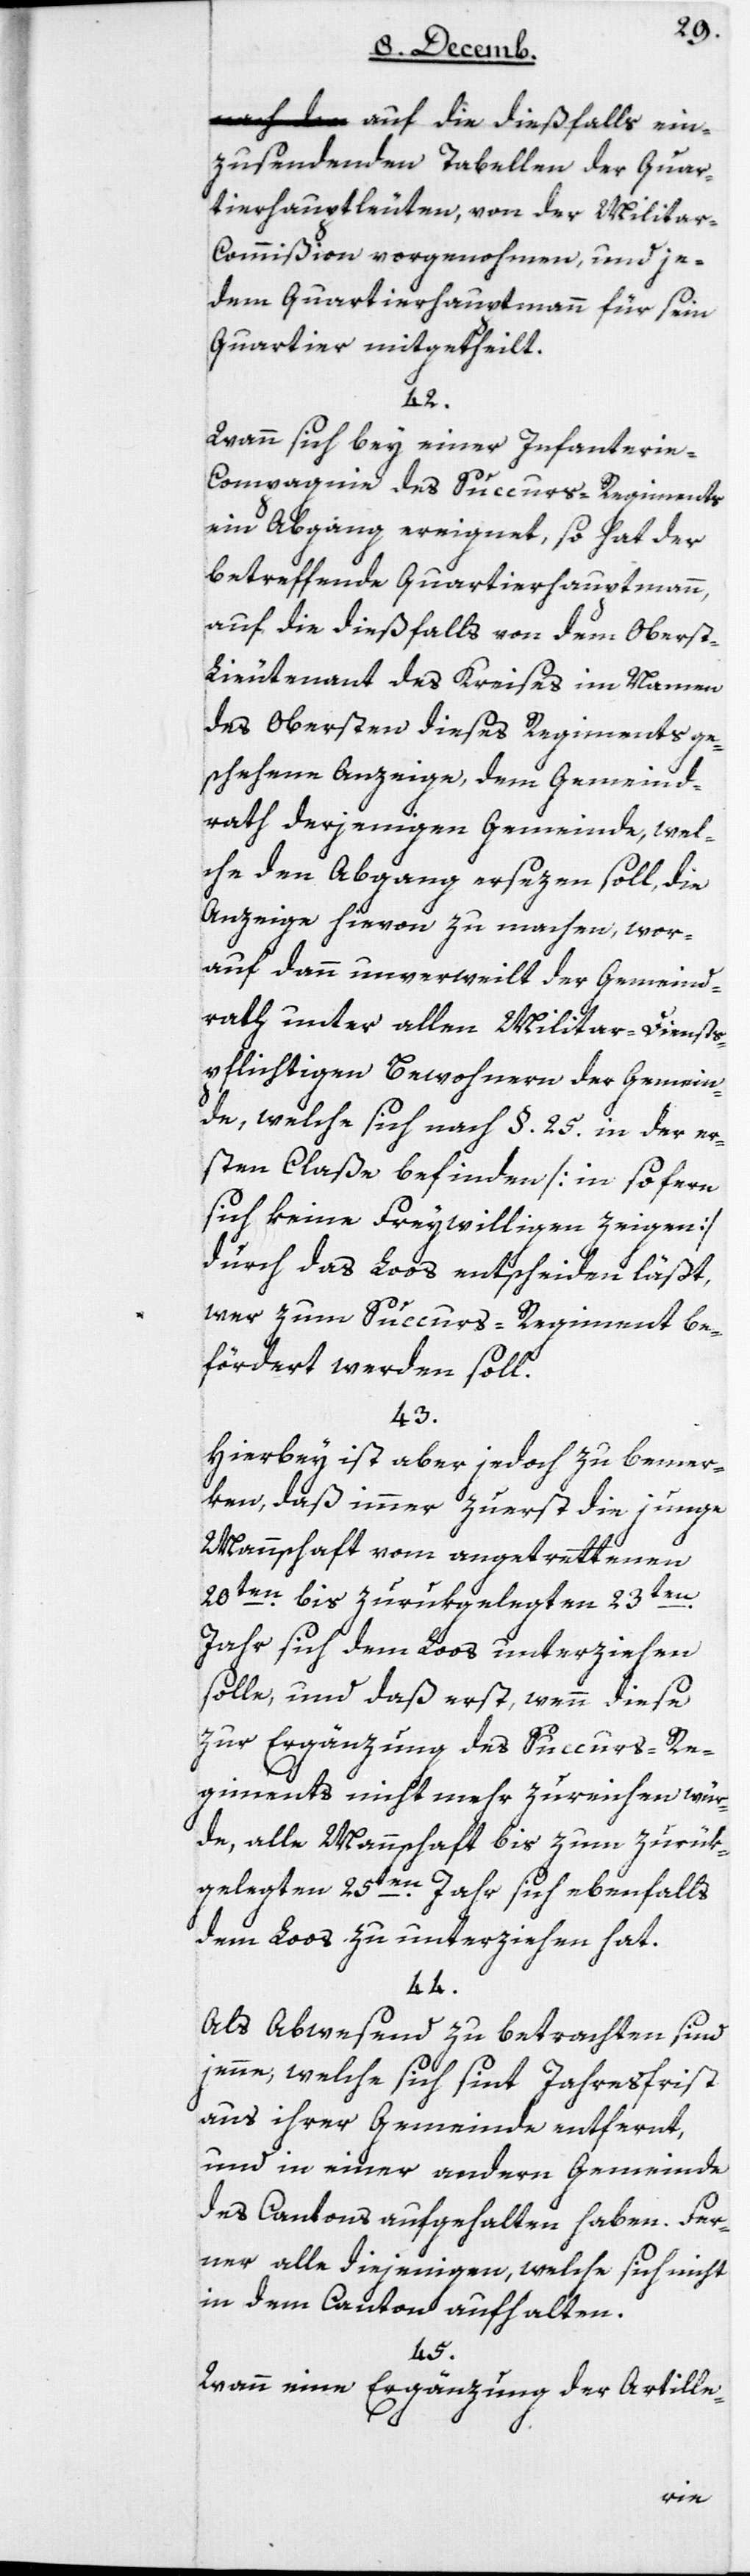
auf die dießfalls ein¬
zusendenden Tabellen der Quar¬
tierhauptleuten, von der Milita¬
r-Commißion vorgenohmen, und je¬
dem Quartierhauptmann für sein
Quartier mitgetheilt.
42.
Wann sich bey einer Infanteri¬
e-Compagnie des Succurs-Regiments
ein Abgang ereignet, so hat der
betreffende Quartierhauptmann,
auf die dießfalls von dem Obers¬
t-Lieutenant des Kreises im Namen
des Obersten dieses Regiments ge¬
schehene Anzeige, dem Gemeind¬
rath derjenigen Gemeinde, wel¬
che den Abgang ersezen soll, die
Anzeige hievon zu machen, wor¬
auf dann unverweilt der Gemeind¬
rath unter allen Militar-Dienst¬
pflichtigen Bewohnern der Gemein¬
de, welche sich nach § 25 in der er¬
sten Claße befinden [in sofern
sich keine Freywilligen zeigen],
durch das Loos entscheiden läßt,
wer zum Succurs-Regiment be¬
fördert werden soll.
43.
Hierbey ist aber jedoch zu bemer¬
ken, daß immer zuerst die junge
Mannschaft vom angetretenen
20ten bis zurükgelegten 23ten
Jahr sich dem Loos unterziehen
solle, und daß erst, wenn diese
zur Ergänzung des Succurs-Re¬
giments nicht mehr zureichen wür¬
de, alle Mannschaft bis zum zurük¬
gelegten 25ten Jahr sich ebenfalls
dem Loos zu unterziehen hat.
44.
Als abwesend zu betrachten sind
jenne, welche sich seit Jahresfrist
aus ihrer Gemeinde entfernt,
und in einer andern Gemeinde
des Cantons aufgehalten haben. Fer¬
ner alle diejenigen, welche sich nicht
in dem Canton aufhalten.
45.
Wann eine Ergänzung der Artille-